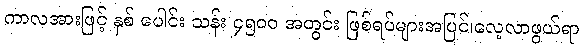
ကာလအားဖြင့် နှစ် ပေါင်း သန်း ၄၅၀၀ အတွင်း ဖြစ်ရပ်များအပြင်၊လေ့လာဖွယ်ရာ